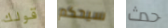
قولك سيحكم حدث